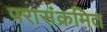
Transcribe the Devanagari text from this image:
परासंक्रमित